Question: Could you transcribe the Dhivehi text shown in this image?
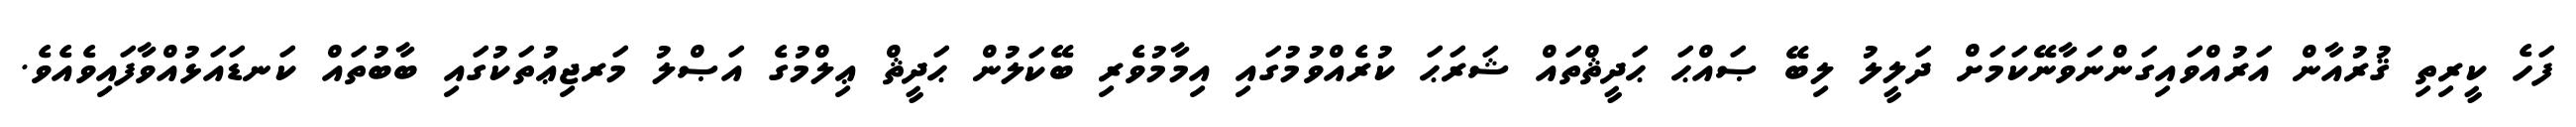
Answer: ފަހެ ކީރިތި ޤުރުއާން އަރުއްވައިގަންނަވާނޭކަމަށް ދަލީލު ލިބޭ ޞައްޙަ ޙަދީޘްތައް ޝަރަޙަ ކުރެއްވުމުގައި އިމާމުވެރި ބޭކަލުން ޙަދީޘް ޢިލްމުގެ އަޞްލު މަރޖިޢުތަކުގައި ބާބުތައް ކަނޑައަޅުއްވާފައިވެއެވެ.